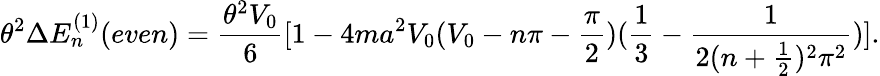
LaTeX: \theta^{2}\Delta E_{n}^{(1)}(even)=\frac{\theta^{2}V_{0}}{6}[1-4ma^{2}V_{0}(V_{0}-n\pi-\frac{\pi}{2})(\frac{1}{3}-\frac{1}{2(n+\frac{1}{2})^{2}\pi^{2}})].